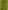
Text: B